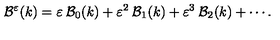
{ \cal { B } } ^ { \varepsilon } ( k ) = \varepsilon \: { \cal { B } } _ { 0 } ( k ) + \varepsilon ^ { 2 } \: { \cal { B } } _ { 1 } ( k ) + \varepsilon ^ { 3 } \: { \cal { B } } _ { 2 } ( k ) + \cdots .